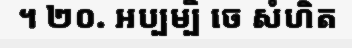
។ ២០. អប្បម្បិ ចេ សំហិត